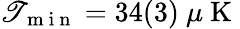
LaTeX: \mathscr{T}_{\mathrm{{~m~i~n~}}}=34(3)~\mu\mathrm{{~K~}}